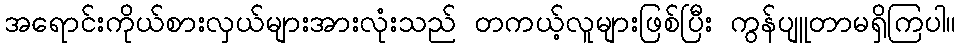
အရောင်းကိုယ်စားလှယ်များအားလုံးသည် တကယ့်လူများဖြစ်ပြီး ကွန်ပျူတာမရှိကြပါ။